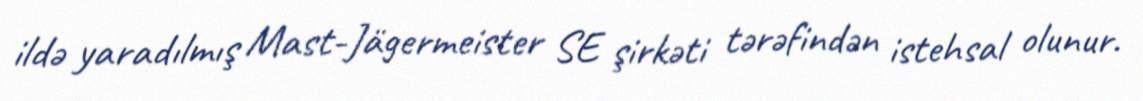
ildə yaradılmış Mast-Jägermeister SE şirkəti tərəfindən istehsal olunur.